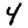
Digit: 4